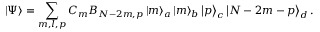
\left| \Psi \right> = \sum _ { m , l , p } C _ { m } B _ { N - 2 m , p } \left| m \right> _ { a } \left| m \right> _ { b } \left| p \right> _ { c } \left| N - 2 m - p \right> _ { d } .